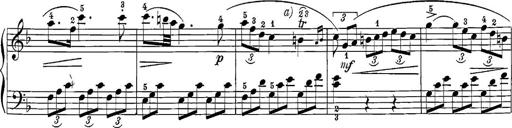
Title: 12 Sonatine per Pianoforte
Composer: Friedrich Kuhlau